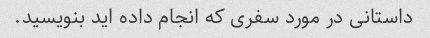
داستانی در مورد سفری که انجام داده اید بنویسید.